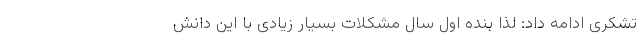
تشکری ادامه داد: لذا بنده اول سال مشکلات بسیار زیادی با این دانش‌